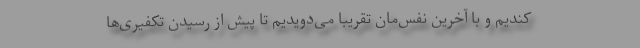
کندیم و با آخرین نفس‌مان تقریباً می‌دویدیم تا پیش از رسیدن تکفیری‌ها